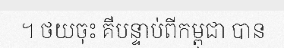
។ ថយចុះ គឺបន្ទាប់ពីកម្ពុជា បាន